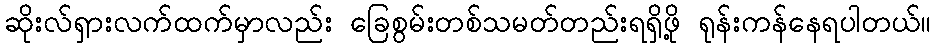
ဆိုးလ်ရှားလက်ထက်မှာလည်း ခြေစွမ်းတစ်သမတ်တည်းရရှိဖို့ ရုန်းကန်နေရပါတယ်။